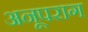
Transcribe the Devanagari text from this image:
अनूपराग